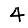
Digit: 4